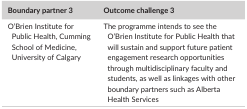
<table><thead><tr><td><b>Boundary partner 3</b></td><td><b>Outcome challenge 3</b></td></tr></thead><tbody><tr><td>O&#x27;Brien Institute for Public Health, Cumming School of Medicine, University of Calgary</td><td>The programme intends to see the O&#x27;Brien Institute for Public Health that will sustain and support future patient engagement research opportunities through multidisciplinary faculty and students, as well as linkages with other boundary partners such as Alberta Health Services</td></tr></tbody></table>